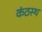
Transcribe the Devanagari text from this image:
कंठस्‍थ